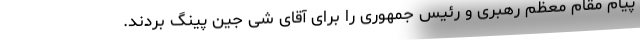
پیام مقام معظم رهبری و رئیس جمهوری را برای آقای شی جین پینگ بردند.